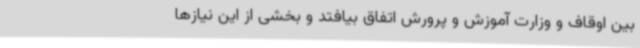
بین اوقاف و وزارت آموزش و پرورش اتفاق بیافتد و بخشی از این نیازها